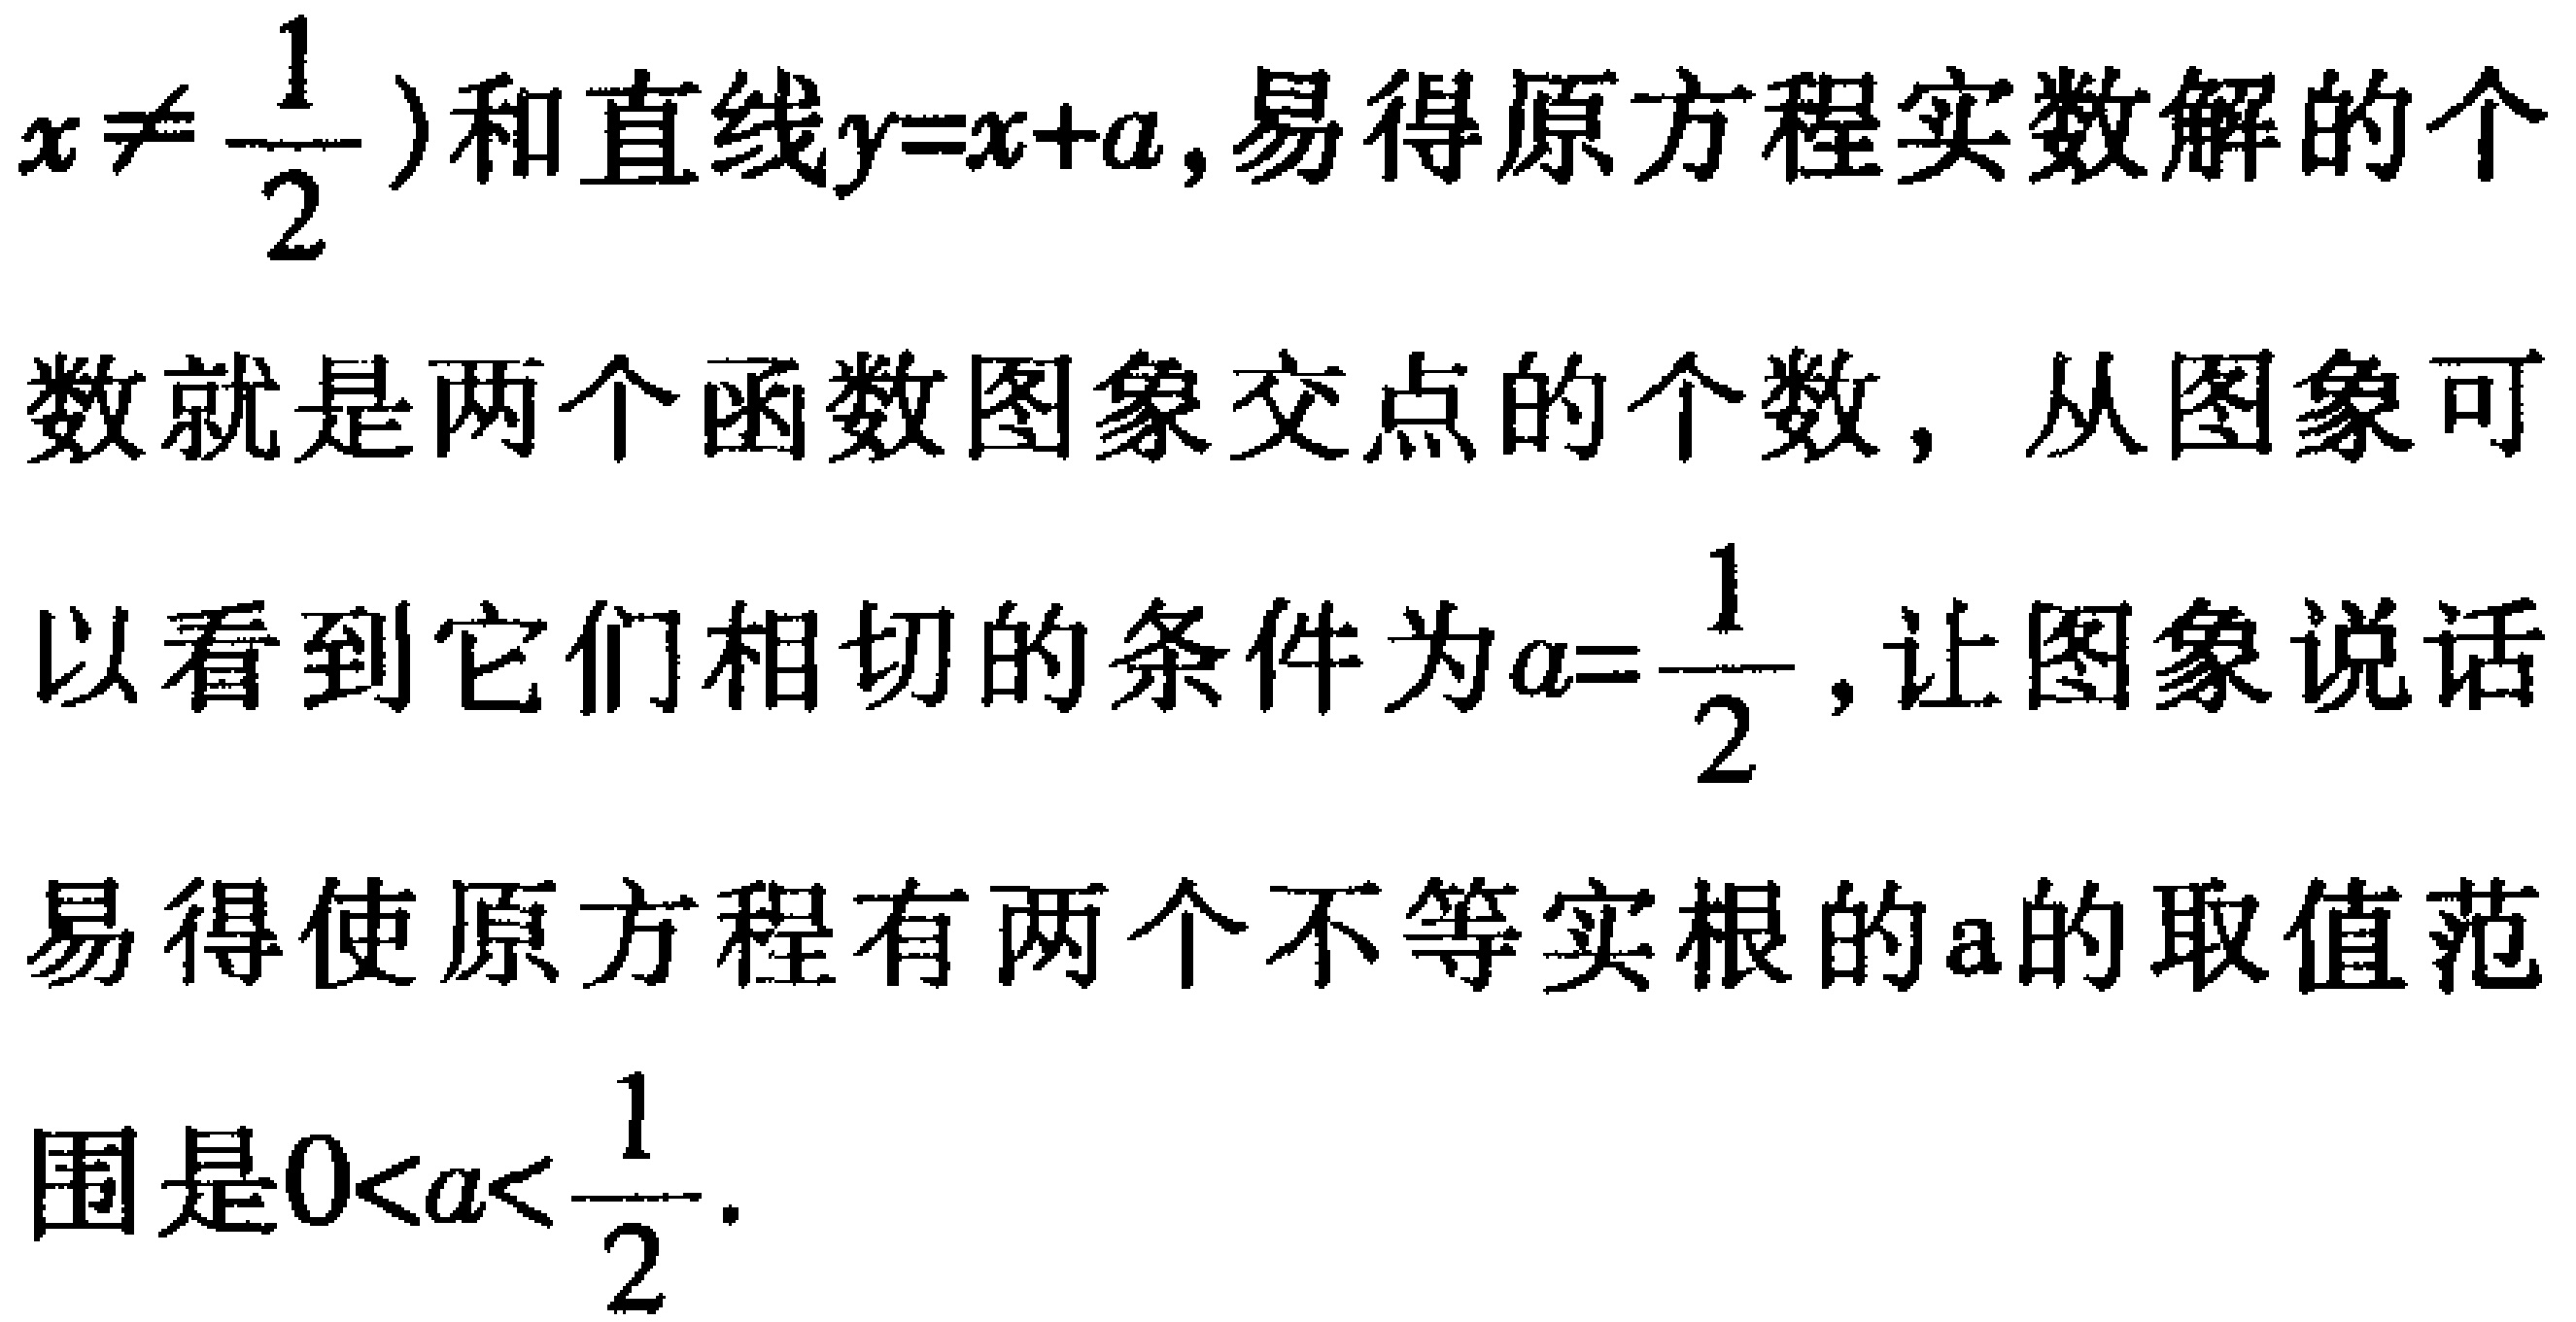
\(x\neq \frac{1}{2}\))和直线\(y = x + a\), 易得原方程实数解的个数就是两个函数图象交点的个数，从图象可以看到它们相切的条件为\(a=\frac{1}{2}\), 让图象说话易得使原方程有两个不等实根的\(a\)的取值范围是\(0 < a < \frac{1}{2}\).